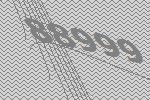
88999